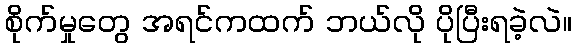
စိုက်မှုတွေ အရင်ကထက် ဘယ်လို ပိုပြီးရခဲ့လဲ။